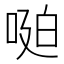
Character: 𱓆